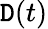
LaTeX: \mathtt{D}(t)